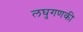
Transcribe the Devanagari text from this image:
लघुगणकी